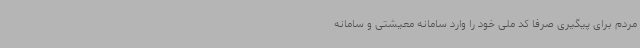
مردم برای پیگیری صرفاً کد ملی خود را وارد سامانه معیشتی و سامانه